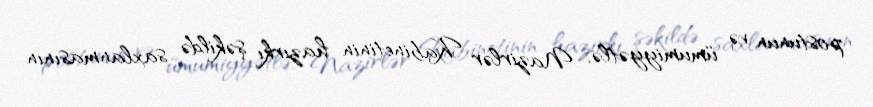
postunun və ümumiyyətlə, Nazirlər Kabinetinin hazırkı şəkildə saxlanmasının